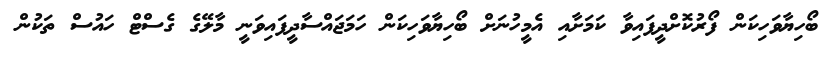
ބޯހިޔާވަހިކަން ފޯރުކޮށްދީފައިވާ ކަމަށާއި އެމީހުނަށް ބޯހިޔާވަހިކަން ހަމަޖައްސާދީފައިވަނީ މާލޭގެ ގެސްޓް ހައުސް ތަކުން